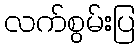
လက်စွမ်းပြ